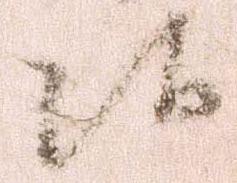
候